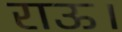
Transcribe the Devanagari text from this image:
राऊ।